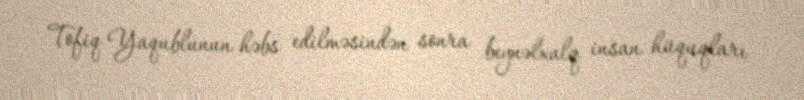
Tofiq Yaqublunun həbs edilməsindən sonra beynəlxalq insan hüquqları